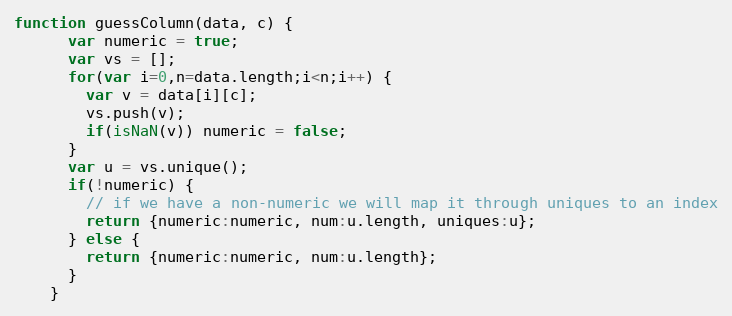
Language: JavaScript
function guessColumn(data, c) {
      var numeric = true;
      var vs = [];
      for(var i=0,n=data.length;i<n;i++) {
        var v = data[i][c];
        vs.push(v);
        if(isNaN(v)) numeric = false;
      }
      var u = vs.unique();
      if(!numeric) {
        // if we have a non-numeric we will map it through uniques to an index
        return {numeric:numeric, num:u.length, uniques:u};
      } else {
        return {numeric:numeric, num:u.length};
      }
    }